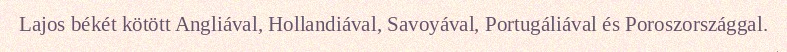
Lajos békét kötött Angliával, Hollandiával, Savoyával, Portugáliával és Poroszországgal.